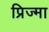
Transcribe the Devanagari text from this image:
प्रिज्मा